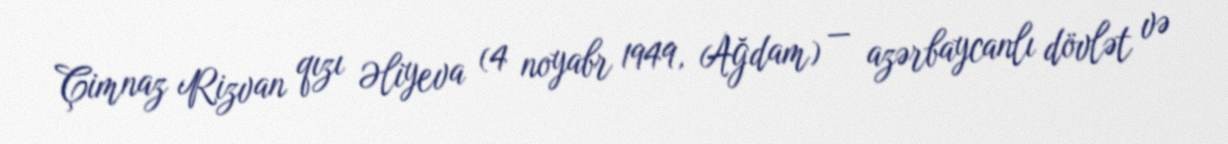
Çimnaz Rizvan qızı Əliyeva (4 noyabr 1949, Ağdam) — azərbaycanlı dövlət və